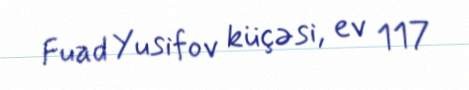
Fuad Yusifov küçəsi, ev 117